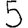
Digit: 5